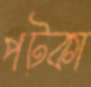
পট্‌কা